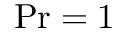
\mathrm { P r } = 1